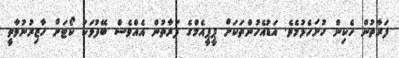
ފަރާތުން ހެކިން ހުށަހެޅުމެވެ. އަޑުއެހުންތަކަށް ޕީޕީއެމްގެ ފަރާތުން އެއްވެސް ބޭފުޅަކު ކޯޓަށް ހާޒިރުނުވާތީ